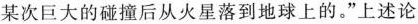
某次巨大的碰撞后从火星落到地球上的。”上述